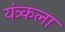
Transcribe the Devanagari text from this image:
यंत्र्कला